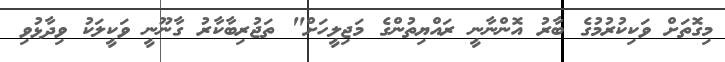
މިގޮތަށް ވަކިކުރުމުގެ ބާރު އޮންނާނީ ރައްޔިތުންގެ މަޖިލީހަށް" ތަޖުރިބާކާރު ގާނޫނީ ވަކީލަކު ވިދާޅުވި